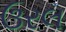
ઉરલ